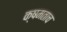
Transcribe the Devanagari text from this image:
क्षमताच